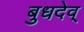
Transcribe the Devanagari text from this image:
बुधदेव्